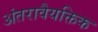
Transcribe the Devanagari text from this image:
अंतरावैयक्तिक